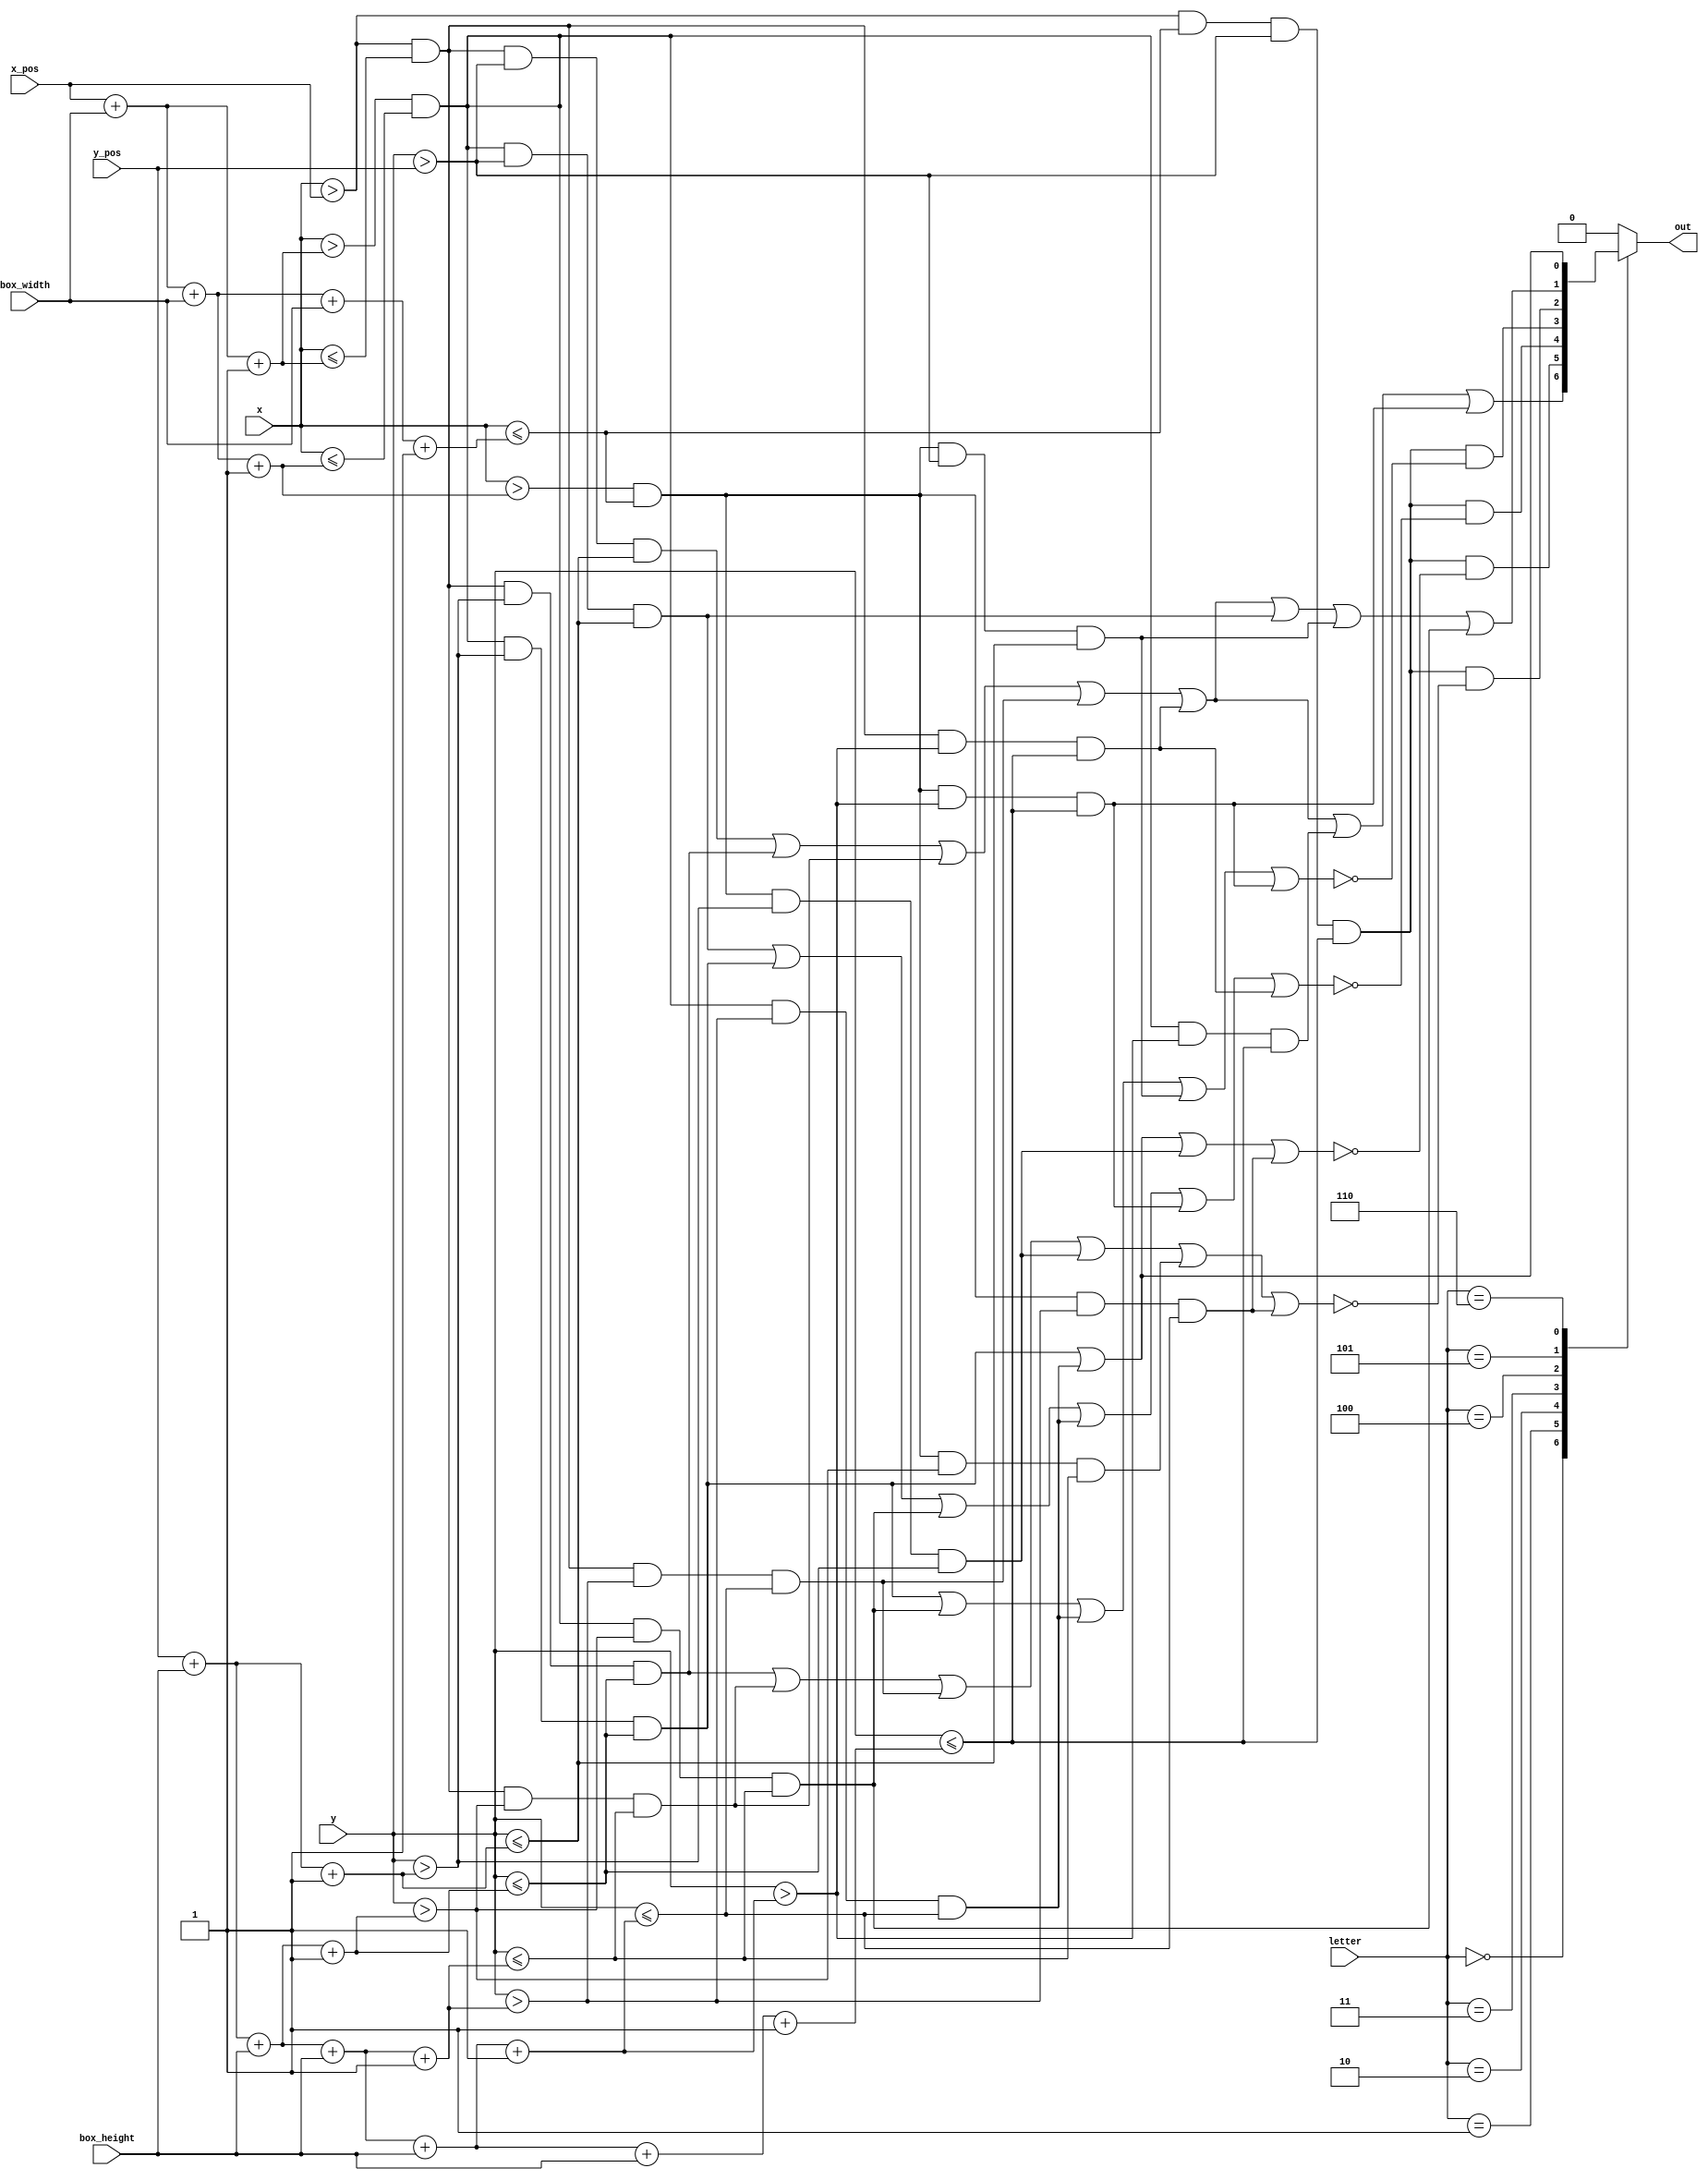
// Ref : http://www.webdiaz.com/fpga%20number.html
module letters(
input  [2:0] letter, // L E V D I F : 7 in total
input  [9:0] x,
input [9:0] y,
//positioning offset
input [9:0] x_pos,
input [9:0] y_pos,
input [9:0] box_width,
input [9:0] box_height,
output out
);

reg blockout;
wire blockC1,blockC2,blockC3,blockC4,blockC5;
wire blockB1,blockB2,blockB3,blockB4,blockB5;
wire blockA1,blockA2,blockA3,blockA4,blockA5;
wire allblocks;

wire [10:0] column1,column2,column3;
wire [10:0] row1,row2,row3,row4,row5;

assign   column1 = x_pos+box_width+1;
assign	column2 = x_pos+box_width+box_width+1;
assign	column3 = x_pos+box_width+box_width+box_width+1;

assign	row1 = y_pos+box_height+1;
assign	row2 = y_pos+box_height+box_height+1;
assign	row3 = y_pos+box_height+box_height+box_height+1;
assign	row4 = y_pos+box_height+box_height+box_height+box_height+1;
assign	row5 = y_pos+box_height+box_height+box_height+box_height+box_height+1;




assign out = blockout;

//the blocks

//first column
assign blockA1 = (x>x_pos)&&(x <= column1)&&(y>y_pos)&&(y<= row1);
assign blockA2 = (x>x_pos)&&(x <= column1)&&(y>row1)&&(y<= row2);
assign blockA3 = (x>x_pos)&&(x <= column1)&&(y>row2)&&(y<= row3);
assign blockA4 = (x>x_pos)&&(x <= column1)&&(y>row3)&&(y<= row4);
assign blockA5 = (x>x_pos)&&(x <= column1)&&(y>row4)&&(y<= row5);

//second column

assign blockB1 = (x>column1)&&(x<= column2)&&(y>y_pos)&&(y<= row1);
assign blockB2 = (x>column1)&&(x<= column2)&&(y>row1)&&(y<= row2);
assign blockB3 = (x>column1)&&(x<= column2)&&(y>row2)&&(y<= row3);
assign blockB4 = (x>column1)&&(x<= column2)&&(y>row3)&&(y<= row4);
assign blockB5 = (x>column1)&&(x<= column2)&&(y>row4)&&(y<= row5);

//third column

assign blockC1 = (x>column2)&&(x <= column3)&&(y>y_pos)&&(y <= row1);
assign blockC2 = (x>column2)&&(x <= column3)&&(y>row1)&&(y <= row2);
assign blockC3 = (x>column2)&&(x <= column3)&&(y>row2)&&(y <= row3);
assign blockC4 = (x>column2)&&(x <= column3)&&(y>row3)&&(y <= row4);
assign blockC5 = (x>column2)&&(x <= column3)&&(y>row4)&&(y <= row5);
assign allblocks = (x > x_pos)&&(x <= column3)&&(y>y_pos)&&(y <= row5);

always @ (*)
begin
	case (letter)
		// X   XXX X X XX  XXX XXX  
		// X   X   X X X X  X  X    X
		// X   XXX X X X X  X  XX   
		// X   X   X X X X  X  X    X
		// XXX XXX  X  XX  XXX X
		// L
		0:blockout = blockA1||blockA2||blockA3||blockA4||blockA5||blockB5||blockC5;
		// E
		1:blockout = allblocks&&(~(blockB2||blockB4||blockC2||blockC4));
		// V
		2:blockout = allblocks&&(~(blockB1||blockB2||blockB3||blockB4||blockC5||blockA5));
		// D
		3:blockout = allblocks&&(~(blockB2||blockB3||blockB4||blockC1||blockC5));
		// I
		4:blockout = allblocks&&(~(blockA2||blockA3||blockA4||blockC2||blockC3||blockC4));
		// F
		5:blockout = blockA1||blockA2||blockA3||blockA4||blockA5||blockB1||blockC1||blockB3;
		// colon
		6:blockout = blockB2||blockB4;
		default: blockout = 0;
	endcase
end
endmodule